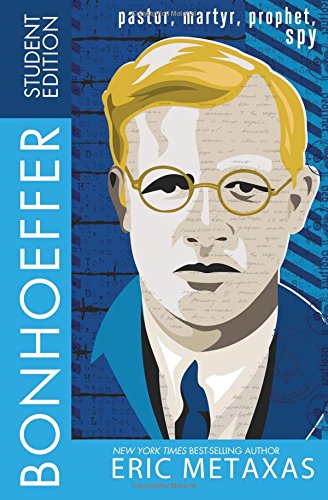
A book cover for Bonhoeffer Student Edition: Pastor, Martyr, Prophet, Spy; Eric Metaxas; Children's Books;